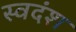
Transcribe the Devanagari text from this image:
स्वदंश